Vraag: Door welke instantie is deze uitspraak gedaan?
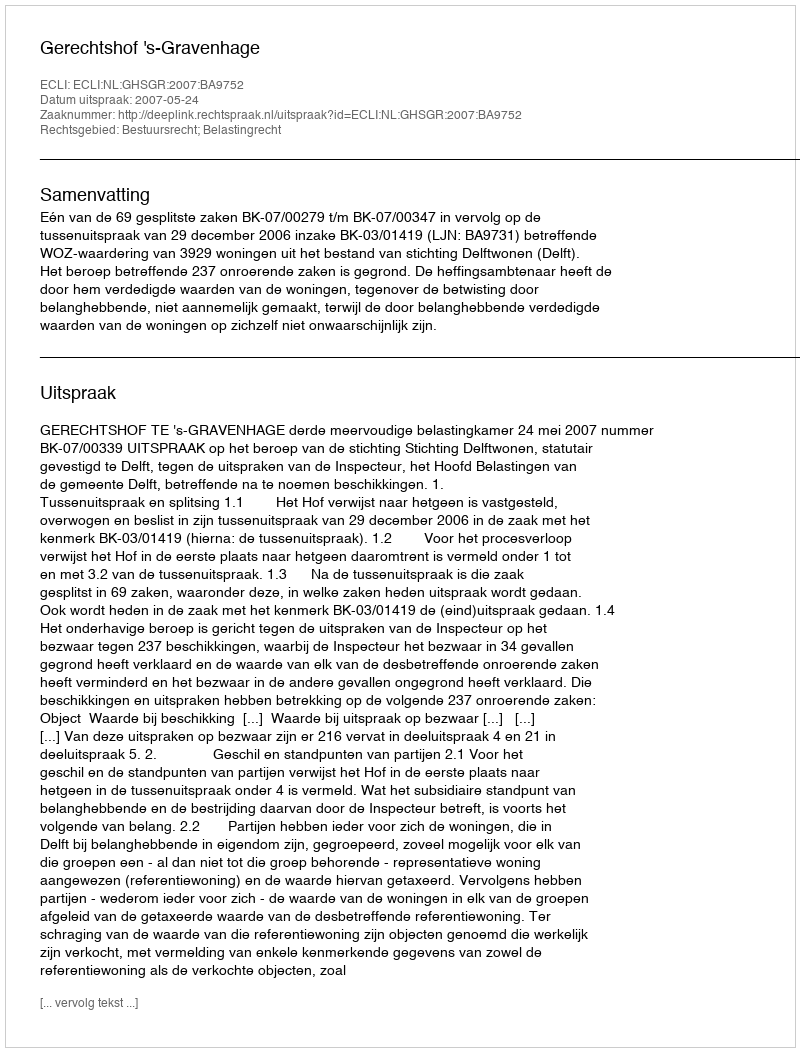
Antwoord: Gerechtshof 's-Gravenhage